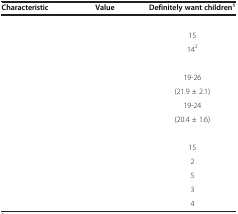
<table><thead><tr><td><b>Characteristic</b></td><td><b>Value</b></td><td><b>Definitely want children<sup>1</sup></b></td></tr></thead><tbody><tr><td colspan="3">[EMPTY_CELL]</td></tr><tr><td>[EMPTY_CELL]</td><td>[EMPTY_CELL]</td><td>15</td></tr><tr><td>[EMPTY_CELL]</td><td>[EMPTY_CELL]</td><td>14<sup>2</sup></td></tr><tr><td colspan="3">[EMPTY_CELL]</td></tr><tr><td>[EMPTY_CELL]</td><td>[EMPTY_CELL]</td><td>19-26</td></tr><tr><td>[EMPTY_CELL]</td><td>[EMPTY_CELL]</td><td>(21.9 ± 2.1)</td></tr><tr><td>[EMPTY_CELL]</td><td>[EMPTY_CELL]</td><td>19-24</td></tr><tr><td>[EMPTY_CELL]</td><td>[EMPTY_CELL]</td><td>(20.4 ± 1.6)</td></tr><tr><td colspan="3">[EMPTY_CELL]</td></tr><tr><td>[EMPTY_CELL]</td><td>[EMPTY_CELL]</td><td>15</td></tr><tr><td>[EMPTY_CELL]</td><td>[EMPTY_CELL]</td><td>2</td></tr><tr><td>[EMPTY_CELL]</td><td>[EMPTY_CELL]</td><td>5</td></tr><tr><td>[EMPTY_CELL]</td><td>[EMPTY_CELL]</td><td>3</td></tr><tr><td>[EMPTY_CELL]</td><td>[EMPTY_CELL]</td><td>4</td></tr></tbody></table>